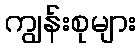
ကျွန်းစုများ